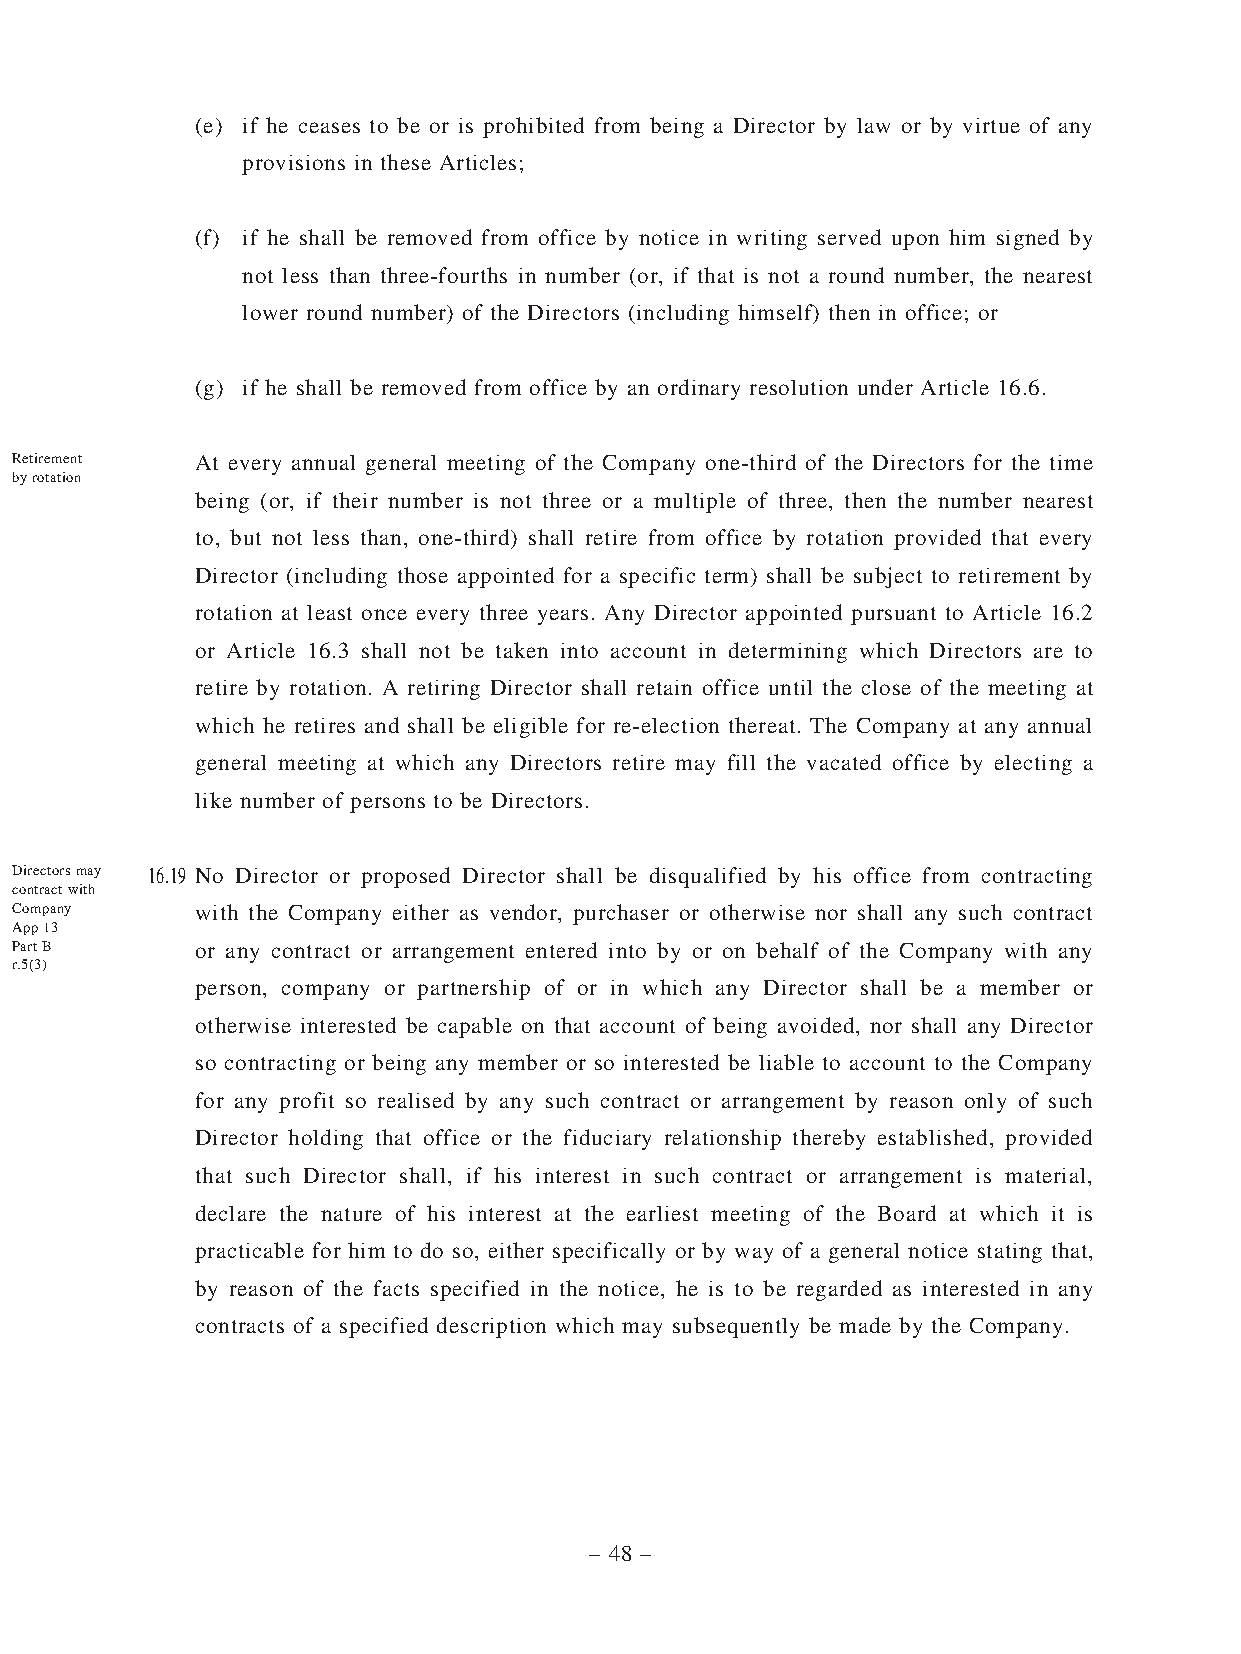
(e) if he ceases to be or is prohibited from being a Director by law or by virtue of any
 provisions in these Articles;
 (f) if he shall be removed from office by notice in writing served upon him signed by
 not less than three-fourths in number (or, if that is not a round number, the nearest
 lower round number) of the Directors (including himself) then in office; or
 (g) if he shall be removed from office by an ordinary resolution under Article 16.6.
 Retirement  At every annual general meeting of the Company one-third of the Directors for the time
 by rotation
 being (or, if their number is not three or a multiple of three, then the number nearest
 to, but not less than, one-third) shall retire from office by rotation provided that every
 Director (including those appointed for a specific term) shall be subject to retirement by
 rotation at least once every three years. Any Director appointed pursuant to Article 16.2
 or Article 16.3 shall not be taken into account in determining which Directors are to
 retire by rotation. A retiring Director shall retain office until the close of the meeting at
 which he retires and shall be eligible for re-election thereat. The Company at any annual
 general meeting at which any Directors retire may fill the vacated office by electing a
 like number of persons to be Directors.
 Directors may 16.19 No Director or proposed Director shall be disqualified by his office from contracting
 contract with
 Company     with the Company either as vendor, purchaser or otherwise nor shall any such contract
 App 13
 Part B      or any contract or arrangement entered into by or on behalf of the Company with any
 r.5(3)
 person, company or partnership of or in which any Director shall be a member or
 otherwise interested be capable on that account of being avoided, nor shall any Director
 so contracting or being any member or so interested be liable to account to the Company
 for any profit so realised by any such contract or arrangement by reason only of such
 Director holding that office or the fiduciary relationship thereby established, provided
 that such Director shall, if his interest in such contract or arrangement is material,
 declare the nature of his interest at the earliest meeting of the Board at which it is
 practicable for him to do so, either specifically or by way of a general notice stating that,
 by reason of the facts specified in the notice, he is to be regarded as interested in any
 contracts of a specified description which may subsequently be made by the Company.
 – 48 –